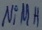
Text: NiMH